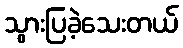
သွားပြခဲ့သေးတယ်